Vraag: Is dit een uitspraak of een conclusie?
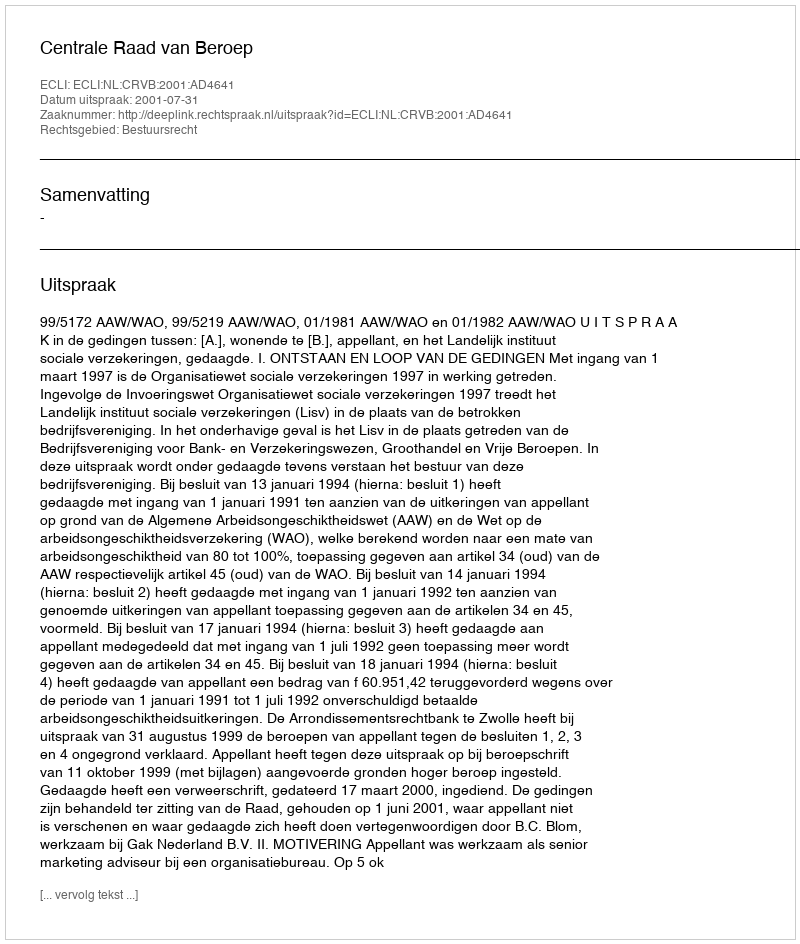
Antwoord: Uitspraak